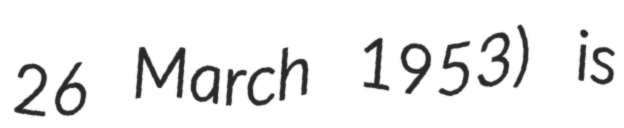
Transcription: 26 March 1953) is